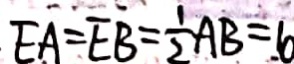
E A = E B = \frac { 1 } { 2 } A B = 6